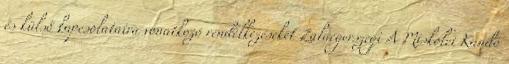
és külső kapcsolataira vonatkozó rendelkezéseket Zalaegerszegi A Miskolci Kandó